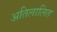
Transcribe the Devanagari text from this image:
अतिलालित